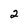
Character: 2